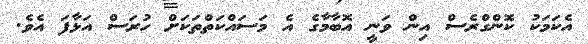
އެކަމަކު ކޮންގްރެސް އިން ވަނީ އޮބާމާގެ އެ މަސައްކަތްތަކަށް ހުރަސް އަޅާފަ އެެވެ.